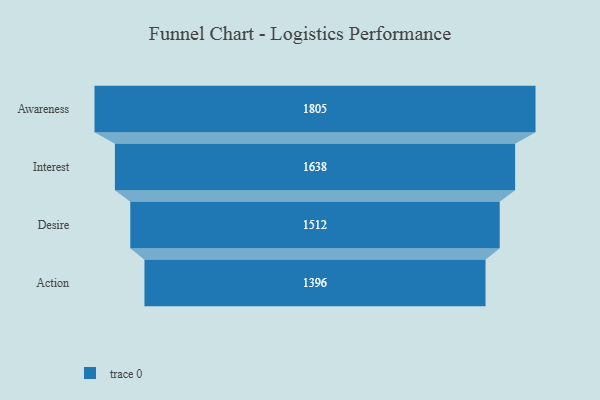
{"axis": {"x": "Stage", "y": "Value"}, "legend": [""], "data": [{"x": "Awareness", "y": 1805.0, "type": ""}, {"x": "Interest", "y": 1638.0, "type": ""}, {"x": "Desire", "y": 1512.0, "type": ""}, {"x": "Action", "y": 1396.0, "type": ""}]}